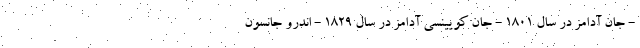
- جان آدامز در سال 1801 - جان کویینسی آدامز در سال 1829 - اندرو جانسون